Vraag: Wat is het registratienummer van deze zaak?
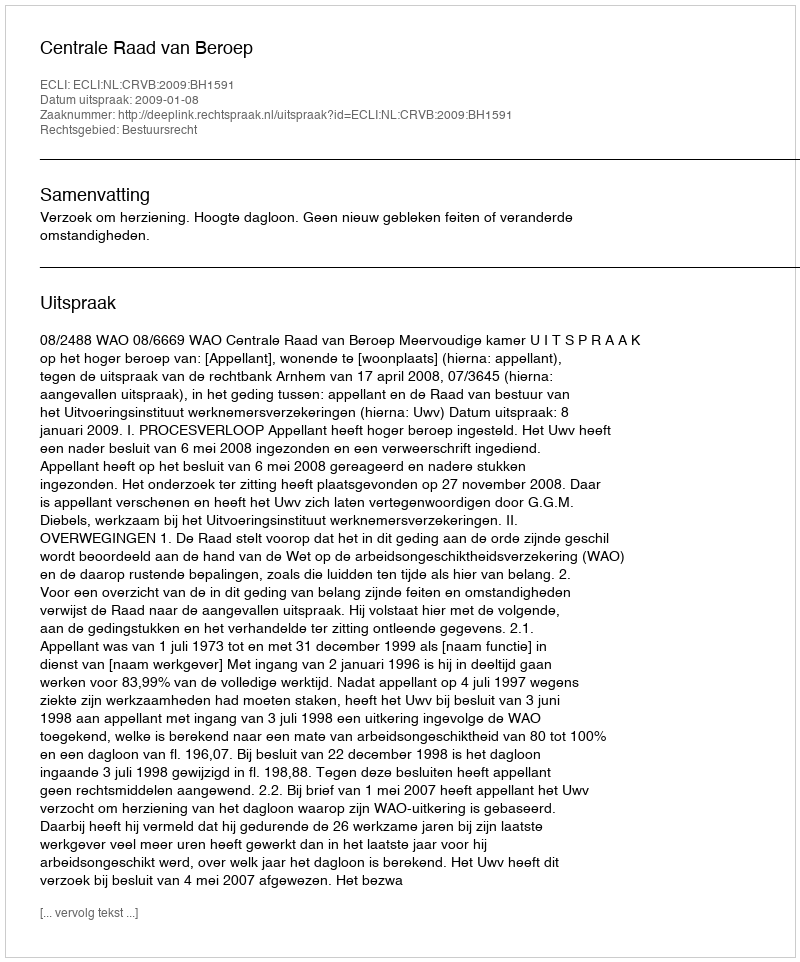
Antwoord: http://deeplink.rechtspraak.nl/uitspraak?id=ECLI:NL:CRVB:2009:BH1591